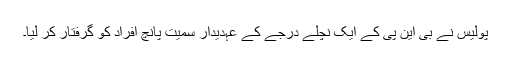
پولیس نے بی این پی کے ایک نچلے درجے کے عہدیدار سمیت پانچ افراد کو گرفتار کر لیا۔